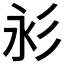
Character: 𢒋